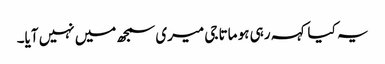
یہ کیا کہہ رہی ہو ماتا جی میری سمجھ میں نہیں آیا۔